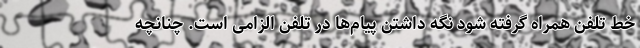
خط تلفن همراه گرفته شود نگه داشتن پیام‌ها در تلفن الزامی است. چنانچه